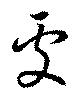
處